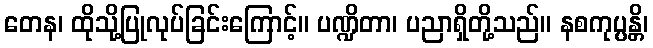
တေန၊ ထိုသို့ပြုလုပ်ခြင်းကြောင့်။ ပဏ္ဍိတာ၊ ပညာရှိတို့သည်။ နစကုပ္ပန္တိ၊